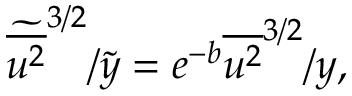
\widetilde { \overline { { u ^ { 2 } } } } ^ { 3 / 2 } / \tilde { y } = e ^ { - b } { \overline { { u ^ { 2 } } } ^ { 3 / 2 } } / { y } ,